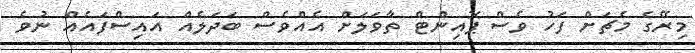
މިރޭގެ މެޗަށް ފަހު ވެސް ޕޮއިންޓް ތާވަލަށް އެއްވެސް ބަދަލެއް އައިސްފައެއް ނުވެ